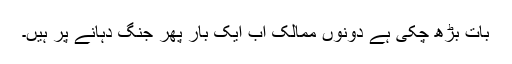
بات بڑھ چکی ہے دونوں ممالک اب ایک بار پھر جنگ دہانے پر ہیں۔